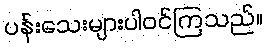
ပန်းသေးများပါဝင်ကြသည်။